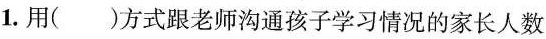
1.用( )方式跟老师沟通孩子学习情况的家长人数